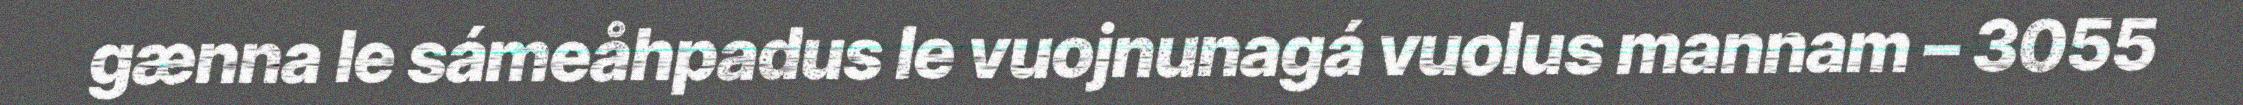
gænna le sámeåhpadus le vuojnunagá vuolus mannam – 3055